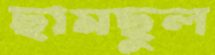
ছামছুল